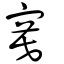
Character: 寞